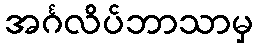
အင်္ဂလိပ်ဘာသာမှ